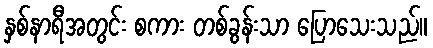
နှစ်နာရီအတွင်း စကား တစ်ခွန်းသာ ပြောသေးသည်။